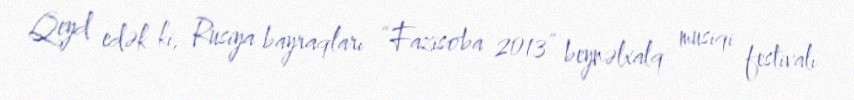
Qeyd edək ki, Rusiya bayraqları “Fazisoba 2013” beynəlxalq musiqi festivalı